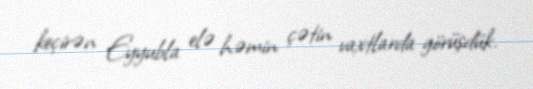
keçirən Eyyubla elə həmin çətin vaxtlarda görüşdük.